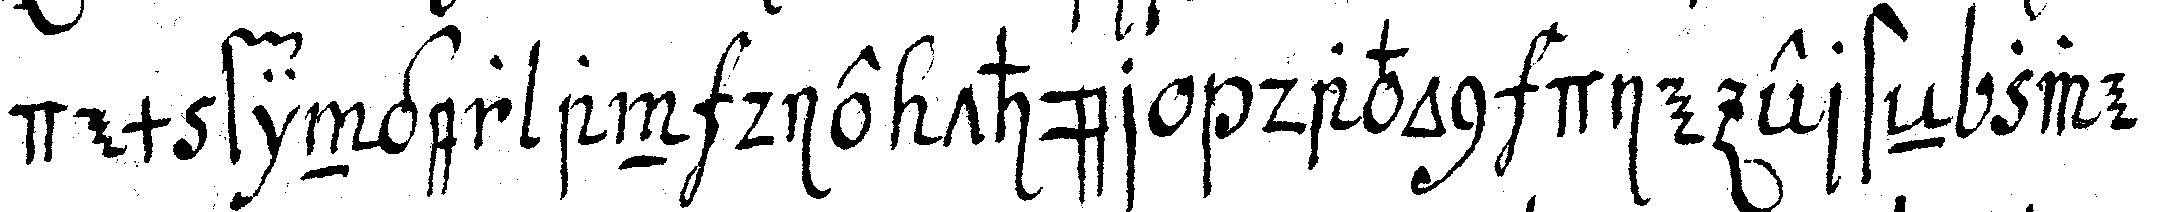
dem finger an die thür davon die ersteN zwe